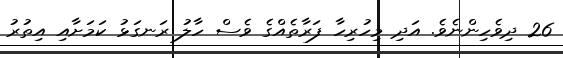
26 ދިވެހިންނެވެ. އަދި މިހުރިހާ ފަރާތެއްގެ ވެސް ހާލު ރަނގަޅު ކަމަށާއި އިތުރު